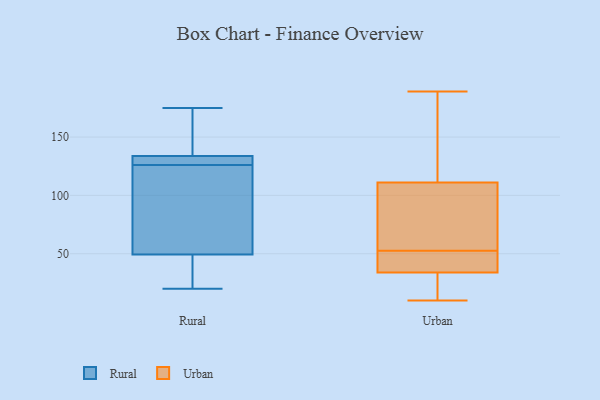
{"axis": {"x": "Shipments", "y": "Value"}, "legend": ["Rural", "Urban"], "data": [{"x": "", "y": 128, "type": "Rural"}, {"x": "", "y": 20, "type": "Rural"}, {"x": "", "y": 132, "type": "Rural"}, {"x": "", "y": 175, "type": "Rural"}, {"x": "", "y": 24, "type": "Rural"}, {"x": "", "y": 41, "type": "Rural"}, {"x": "", "y": 133, "type": "Rural"}, {"x": "", "y": 65, "type": "Rural"}, {"x": "", "y": 136, "type": "Rural"}, {"x": "", "y": 52, "type": "Rural"}, {"x": "", "y": 126, "type": "Rural"}, {"x": "", "y": 59, "type": "Rural"}, {"x": "", "y": 147, "type": "Rural"}, {"x": "", "y": 34, "type": "Urban"}, {"x": "", "y": 134, "type": "Urban"}, {"x": "", "y": 42, "type": "Urban"}, {"x": "", "y": 189, "type": "Urban"}, {"x": "", "y": 10, "type": "Urban"}, {"x": "", "y": 40, "type": "Urban"}, {"x": "", "y": 103, "type": "Urban"}, {"x": "", "y": 21, "type": "Urban"}, {"x": "", "y": 111, "type": "Urban"}, {"x": "", "y": 63, "type": "Urban"}]}